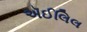
ઍઈલિલ